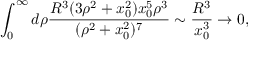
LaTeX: \int _ { 0 } ^ { \infty } d \rho { \frac { R ^ { 3 } ( 3 \rho ^ { 2 } + x _ { 0 } ^ { 2 } ) x _ { 0 } ^ { 5 } \rho ^ { 3 } } { ( \rho ^ { 2 } + x _ { 0 } ^ { 2 } ) ^ { 7 } } } \sim { \frac { R ^ { 3 } } { x _ { 0 } ^ { 3 } } } \rightarrow 0 ,